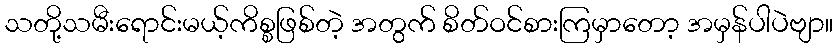
သတို့သမီးရောင်းမယ့်ကိစ္စဖြစ်တဲ့ အတွက် စိတ်ဝင်စားကြမှာတော့ အမှန်ပါပဲဗျာ။